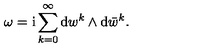
\omega = \mathrm { i } \sum _ { k = 0 } ^ { \infty } \mathrm { d } w ^ { k } \wedge \mathrm { d } \bar { w } ^ { k } .